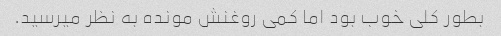
بطور کلی‌ خوب بود اما کمی روغنش مونده به نظر میرسید.